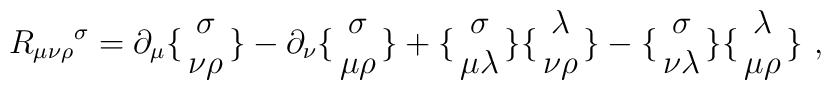
R_{\mu\nu\rho}{}^\sigma=\partial_\mu\bigl\{ \matrix{\sigma\cr\nu\rho} \bigr\}-\partial_\nu\bigl\{ \matrix{\sigma\cr\mu\rho} \bigr\}+\bigl\{ \matrix{\sigma\cr\mu\lambda} \bigr\}\bigl\{ \matrix{\lambda\cr\nu\rho} \bigr\}-\bigl\{ \matrix{\sigma\cr\nu\lambda} \bigr\}\bigl\{ \matrix{\lambda\cr\mu\rho} \bigr\} \ ,